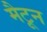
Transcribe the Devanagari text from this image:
मैटून